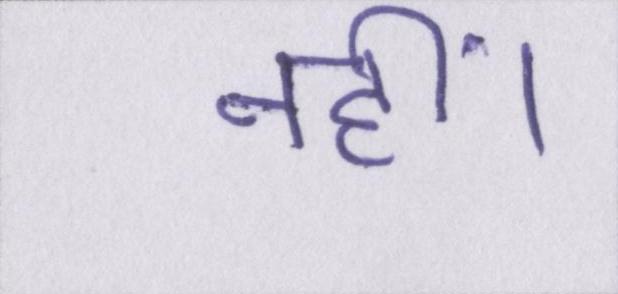
नहीं।